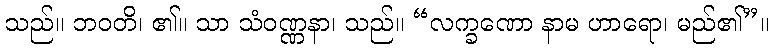
သည်။ ဘဝတိ၊ ၏။ သာ သံဝဏ္ဏနာ၊ သည်။ “လက္ခဏော နာမ ဟာရော၊ မည်၏”။